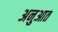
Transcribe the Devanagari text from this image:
अनुआत